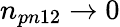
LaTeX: n_{pn12}\rightarrow 0